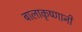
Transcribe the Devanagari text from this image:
बालाकृष्णानी